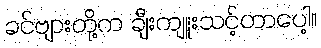
ခင်ဗျားတို့က ချီးကျူးသင့်တာပေါ့။